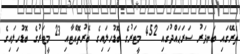
ތެރޭގައި ބަނދަރު ސަރަޙައްދުގައި 452 މީޓަރުގެ ބޮޑުހިލައިގެ ބޭރުތޮއްޓާއި 23 މީޓަރުގެ ބޮޑުހިލައިގެ